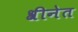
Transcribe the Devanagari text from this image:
श्रीनेत